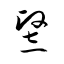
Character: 竪